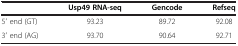
<table><thead><tr><td><b> </b></td><td><b>Usp49 RNA-seq</b></td><td><b>Gencode</b></td><td><b>Refseq</b></td></tr></thead><tbody><tr><td>5′ end (GT)</td><td>93.23</td><td>89.72</td><td>92.08</td></tr><tr><td>3′ end (AG)</td><td>93.70</td><td>90.64</td><td>92.71</td></tr></tbody></table>